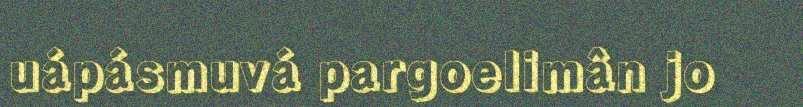
uápásmuvá pargoelimân jo